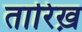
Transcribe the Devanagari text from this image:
तारिख़